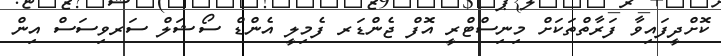
ކޮށްދީފައިވާ ފަރާތްތަކަށް މިނިސްޓްރީ އޮފް ޖެންޑަރ ފެމިލީ އެންޑް ސޯޝަލް ސަރވިސަސް އިން